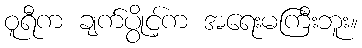
ဝူရီက ချက်ပွိုင့်က အရေးမကြီးဘူး။